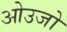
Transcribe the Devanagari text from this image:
ओउजो